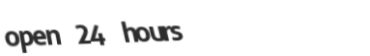
open 24 hours